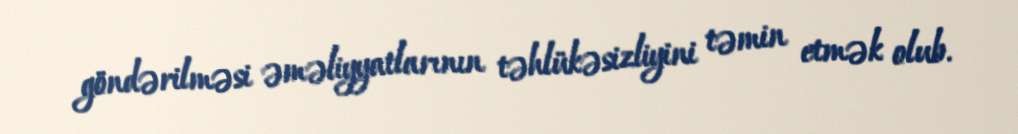
göndərilməsi əməliyyatlarının təhlükəsizliyini təmin etmək olub.